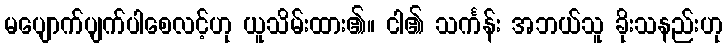
မပျောက်ပျက်ပါစေလင့်ဟု ယူသိမ်းထား၏။ ငါ၏ သင်္ကန်း အဘယ်သူ ခိုးသနည်းဟု